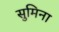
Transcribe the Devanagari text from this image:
सुमिना